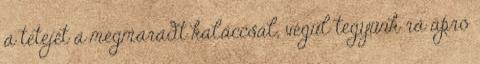
a tetejét a megmaradt kaláccsal, végül tegyünk rá apró